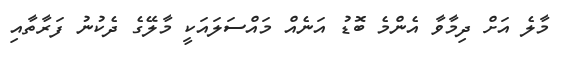
މާލެ އަށް ދިމާވާ އެންމެ ބޮޑު އަނެއް މައްސަލައަކީ މާލޭގެ ދެކުނު ފަރާތާއި